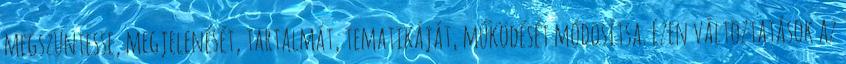
megszüntesse, megjelenését, tartalmát, tematikáját, működését módosítsa. Ezen változtatások az